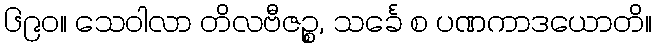
၆၉၀။ သေဝါလာ တိလဗီဇဉ္စ, သင်္ခေ စ ပဏကာဒယောတိ။